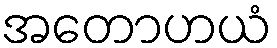
အတောဟယံ